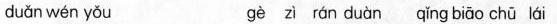
duǎnwén yǒu gè zì rán duàn qǐng biāo chū lái